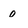
Character: o